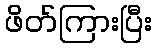
ဖိတ်ကြားပြီး